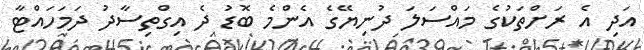
އަދި އެ ރަށްތަކުގެ މައްސަލަ ދުނިޔޭގެ އެންމެ ބޮޑު ދެ އިގްތިސާދު ދަމަހައްޓާ